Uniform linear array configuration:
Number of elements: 64
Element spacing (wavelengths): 1
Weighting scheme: uniform
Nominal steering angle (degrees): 0
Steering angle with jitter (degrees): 1.349
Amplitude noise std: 0.05
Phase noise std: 0.05

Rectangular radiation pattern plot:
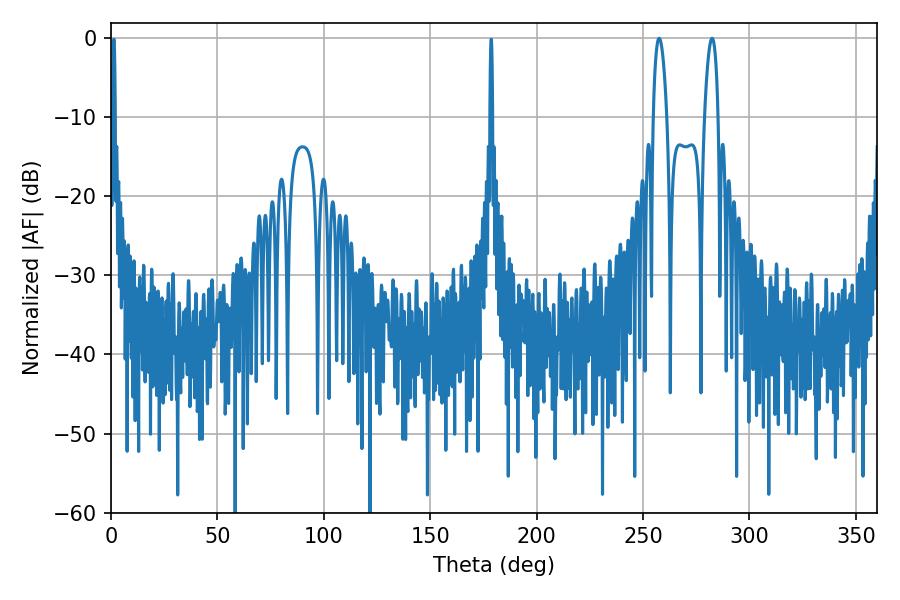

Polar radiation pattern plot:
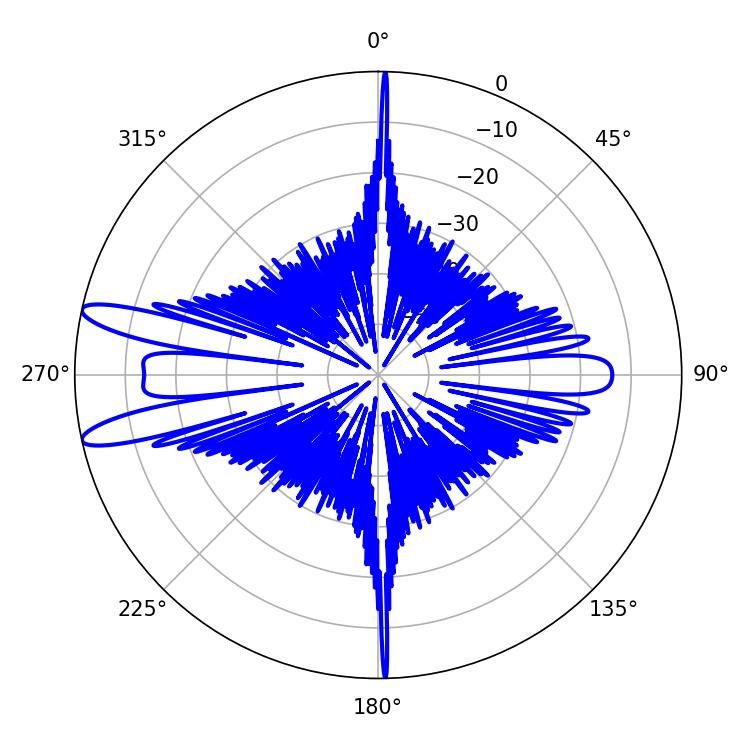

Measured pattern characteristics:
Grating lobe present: TRUE
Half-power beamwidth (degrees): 3.42
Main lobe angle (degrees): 282.42